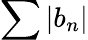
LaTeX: \sum\left\vert b_{n}\right\vert